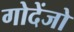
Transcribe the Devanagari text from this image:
गोदेंजो